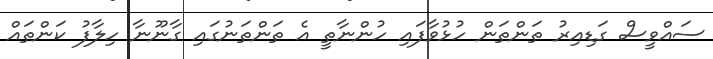
ސައްވީސް ގަޑިއިރު ތަންތަން ހުޅުވާފައި ހުންނާތީ އެ ތަންތަނުގައި ގާނޫނާ ހިލާފު ކަންތައް